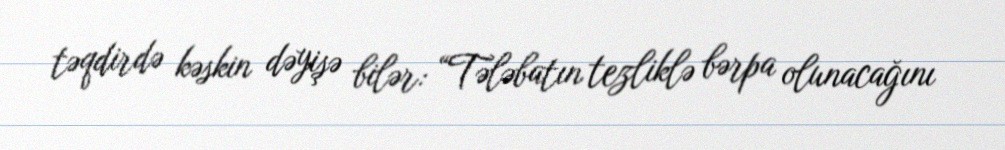
təqdirdə kəskin dəyişə bilər: “Tələbatın tezliklə bərpa olunacağını